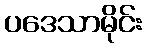
ပဒေသာမိုင်း